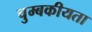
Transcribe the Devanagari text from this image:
चुम्बकीयता